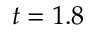
t = 1 . 8